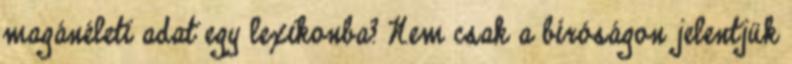
magánéleti adat egy lexikonba? Nem csak a bíróságon jelentjük